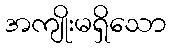
အကျိုးမရှိသော